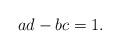
LaTeX: \begin{align*}ad-bc=1.\end{align*}